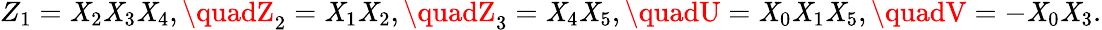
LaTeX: Z_{1}=\mathit{X}_{2}\mathit{X}_{3}\mathit{X}_{4},\quadZ_{2}=\mathit{X}_{1}\mathit{X}_{2},\quadZ_{3}=\mathit{X}_{4}\mathit{X}_{5},\quadU=\mathit{X}_{0}\mathit{X}_{1}\mathit{X}_{5},\quadV=-\mathit{X}_{0}\mathit{X}_{3}.